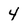
Character: 4